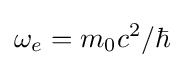
\omega _{e}=m_{0}c^{2}/\hbar \